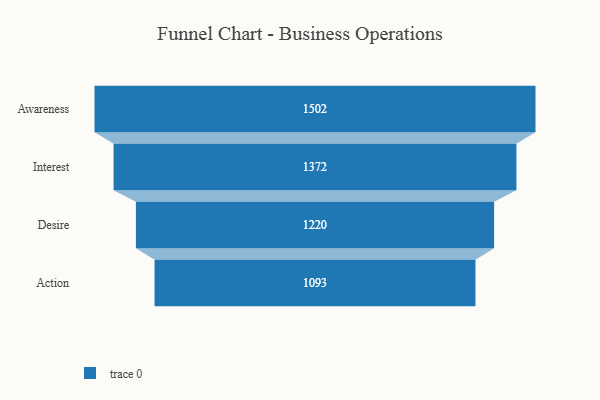
{"axis": {"x": "Stage", "y": "Value"}, "legend": [""], "data": [{"x": "Awareness", "y": 1502.0, "type": ""}, {"x": "Interest", "y": 1372.0, "type": ""}, {"x": "Desire", "y": 1220.0, "type": ""}, {"x": "Action", "y": 1093.0, "type": ""}]}